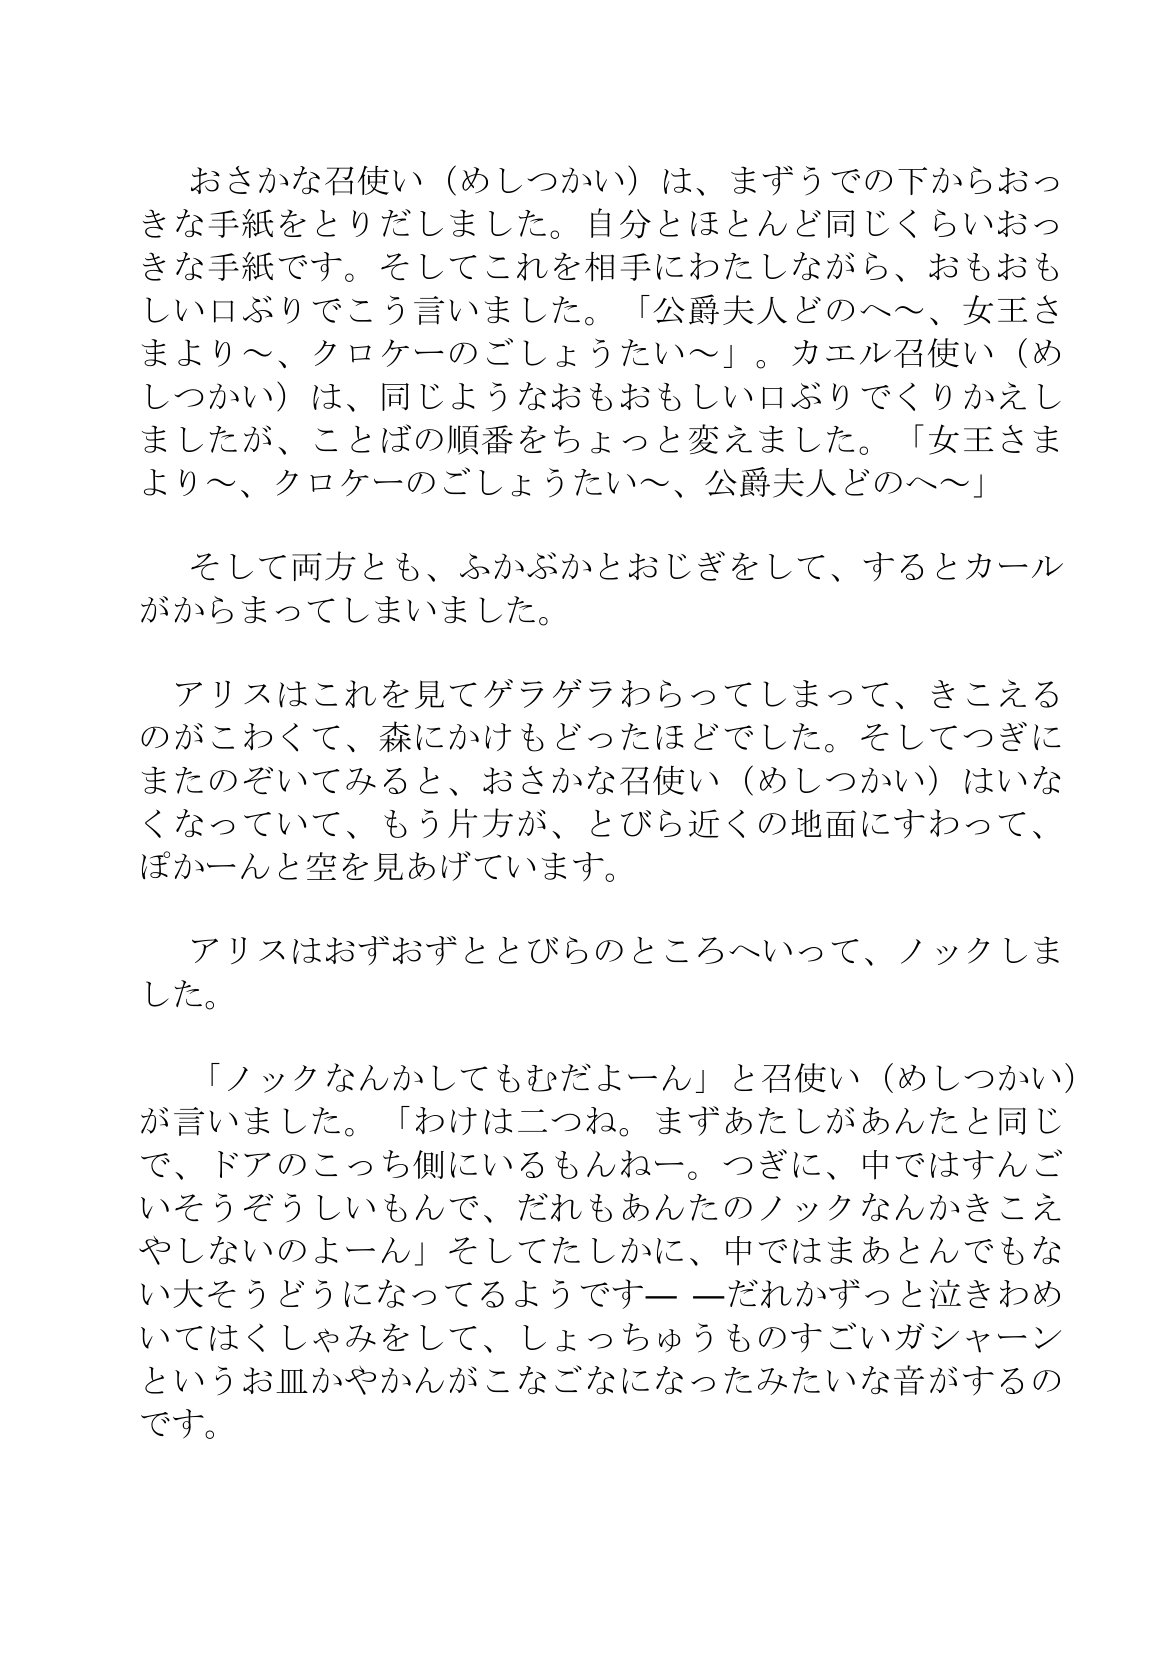
Language: ja